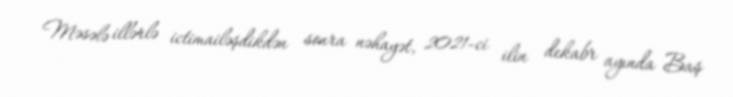
Məsələ illərlə ictimailəşdikdən sonra nəhayət, 2021-ci ilin dekabr ayında Baş